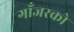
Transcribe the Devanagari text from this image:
गाँजरको